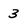
Character: 3